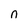
Character: n